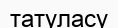
татуласу